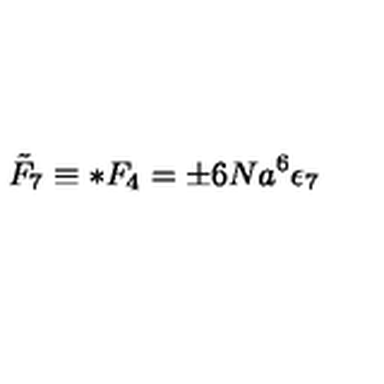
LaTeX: { \tilde { F } } _ { 7 } \equiv * F _ { 4 } = \pm 6 N a ^ { 6 } \epsilon _ { 7 }